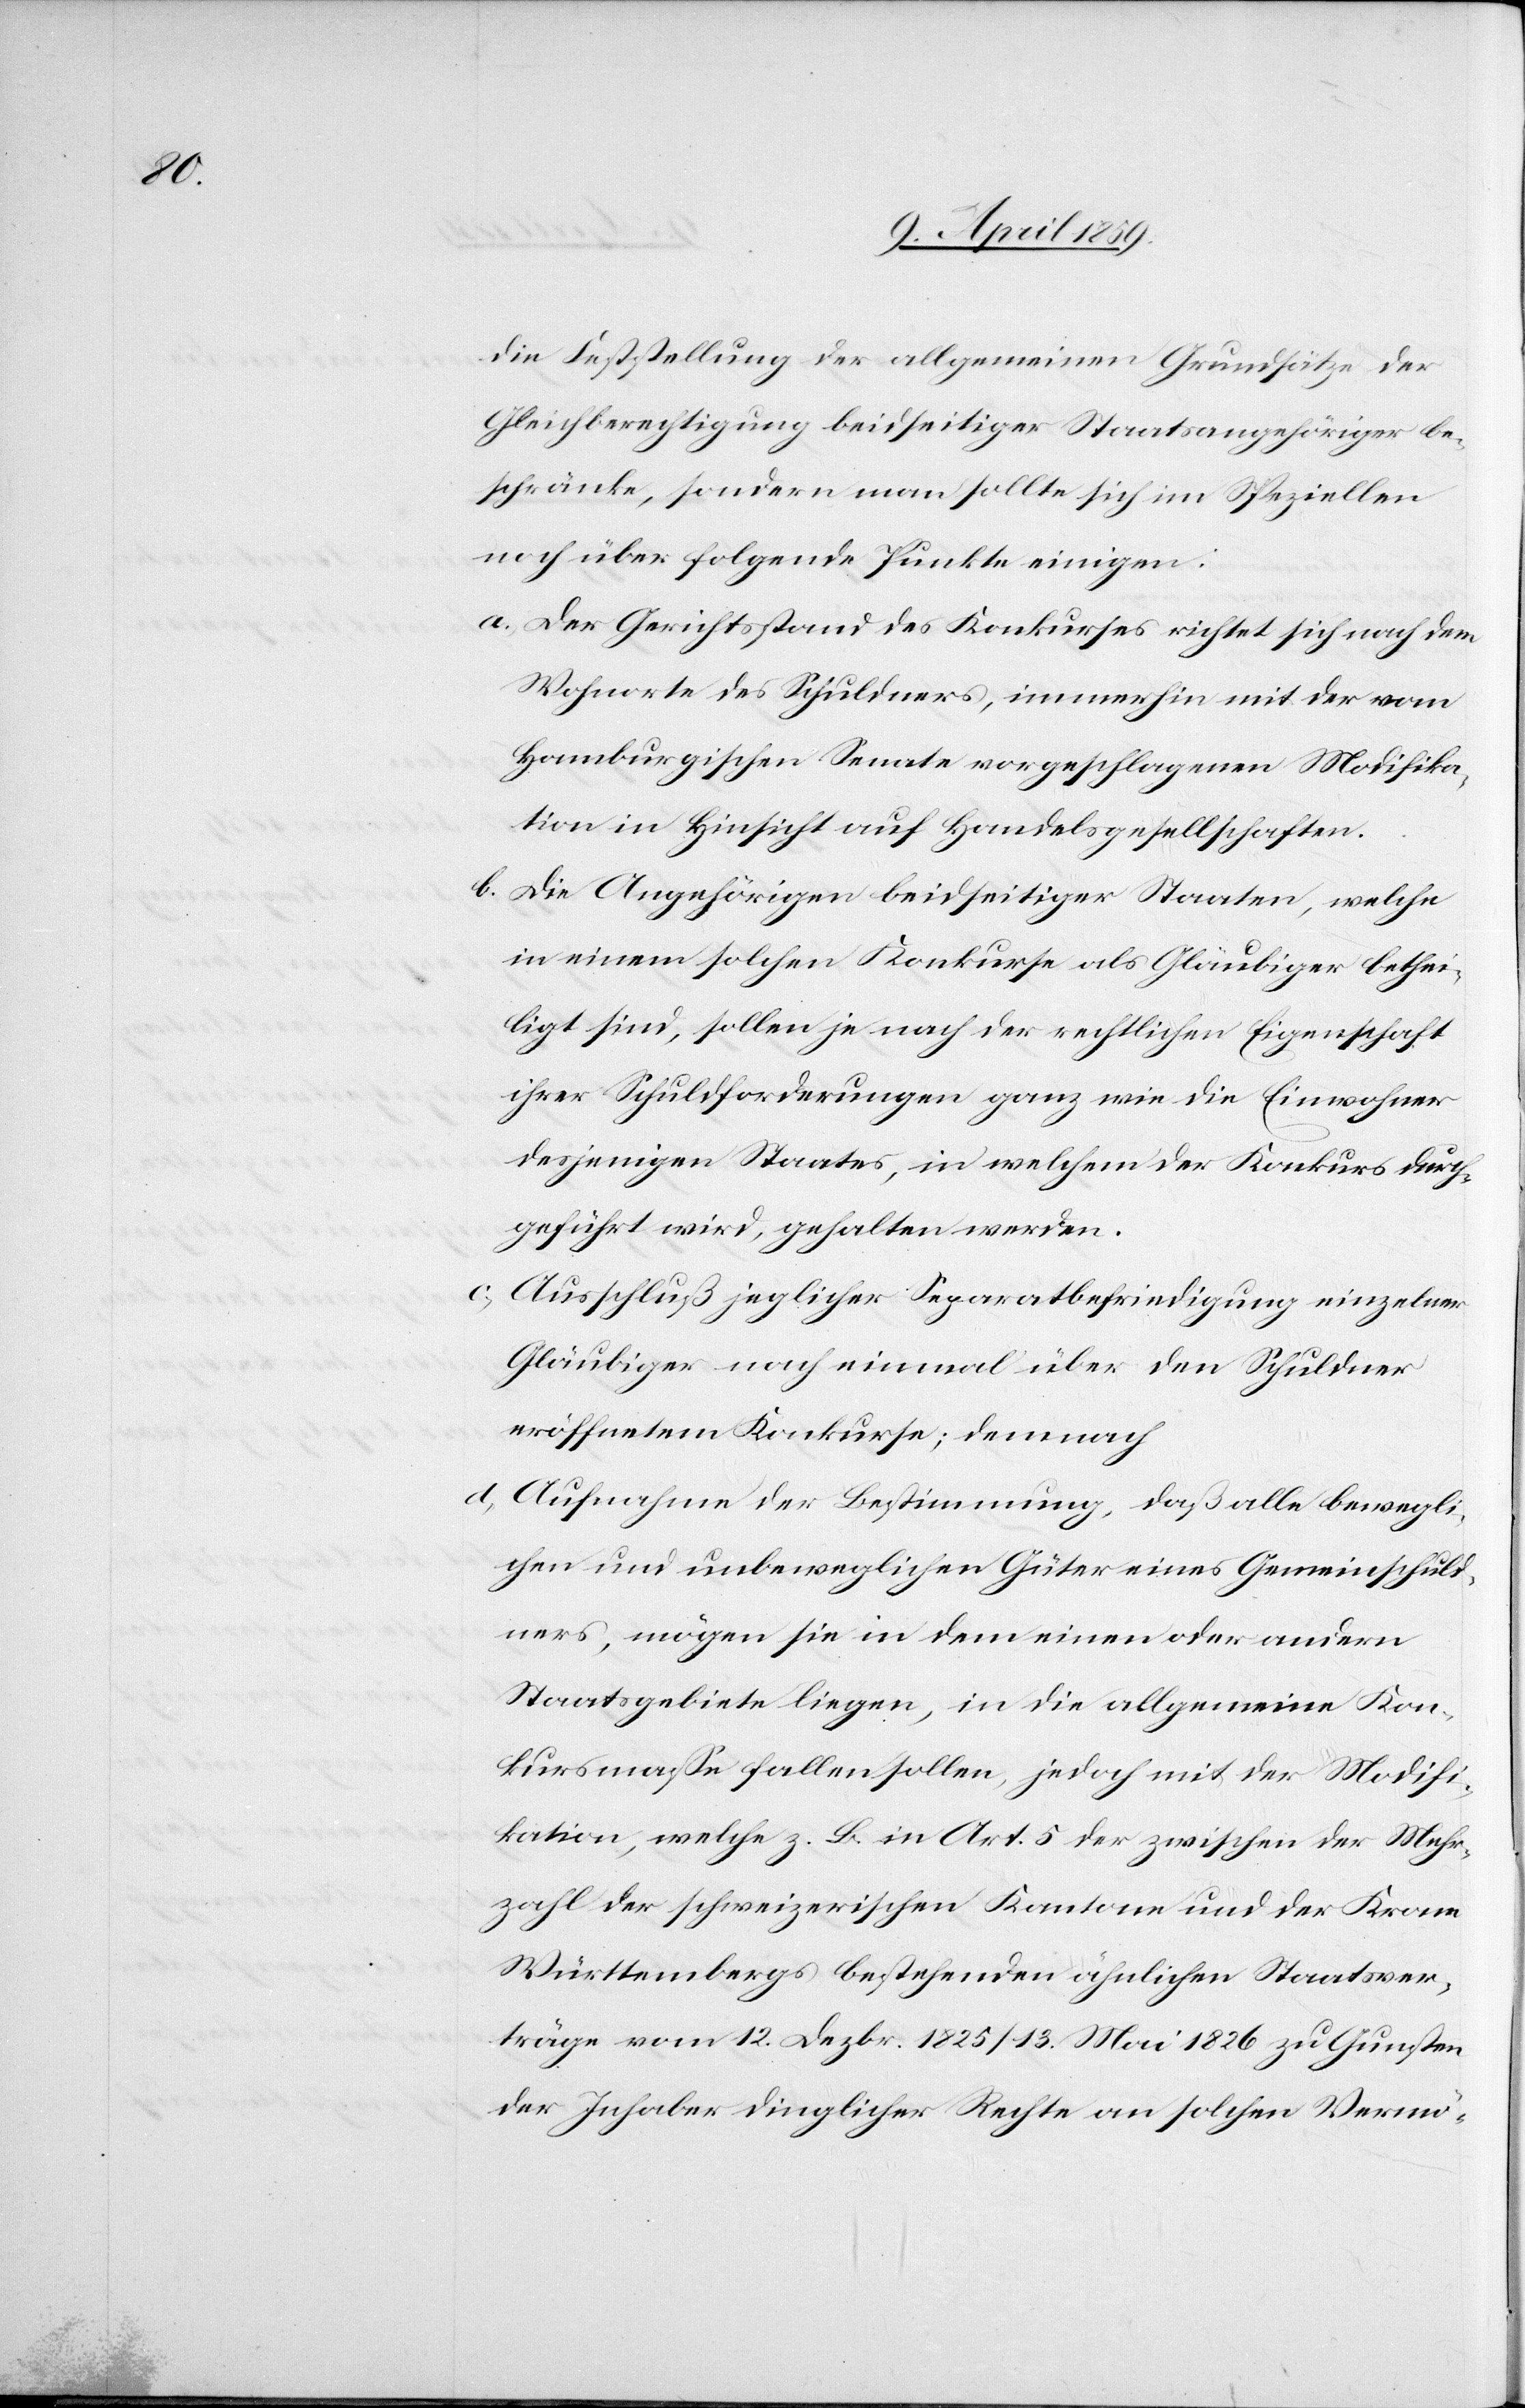
die Feststellung der allgemeinen Grundsätze der
Gleichberechtigung beidseitiger Staatsangehöriger be¬
schränke, sondern man sollte sich im Speziellen
noch über folgende Punkt einigen:
a) Der Gerichtsstand des Konkurses richtet sich nach dem
Wohnorte des Schuldners, immerhin mit der vom
Hamburgischen Senate vorgeschlagenen Modifika¬
tion in Hinsicht auf Handelsgesellschaften.
b) Die Angehörigen beidseitiger Staaten, welche
in einem solchen Konkurse als Gläubiger bethei¬
ligt sind, sollen je nach der rechtlichen Eigenschaft
ihrer Schuldforderungen ganz wie die Einwohner
desjenigen Staates, in welchem der Konkurs durch¬
geführt wird, gehalten werden.
c) Ausschluß jeglicher Separatbefriedigung einzelner
Gläubiger nach einmal über den Schuldner
eröffnetem Konkurse; demnach
d) Aufnahme der Bestimmung, daß alle bewegli¬
chen und unbeweglichen Güter eines Gemeinschuld¬
ners, mögen sie in dem einen oder andern
Staatsgebiete liegen, in die allgemeine Kon¬
kursmaße fallen sollen, jedoch mit der Modifi¬
kation, welche z. B. in Art. 5 der zwischen der Mehr¬
zahl der schweizerischen Kantone und der Krone
Württembergs bestehenden ähnlichen Staatsver¬
träge vom 12. Dezbr. 1825/13. Mai 1826 zu Gunsten
der Inhaber dinglicher Rechte an solchen Vermö-